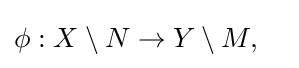
\phi :X\setminus N\rightarrow Y\setminus M,\quad